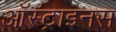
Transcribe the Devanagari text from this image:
ऑस्ट्राइनस